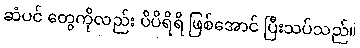
ဆံပင် တွေကိုလည်း ပိပိရိရိ ဖြစ်အောင် ပြီးသပ်သည်။